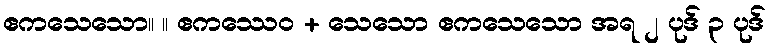
ဧကသေသော။ ။ ဧကဿေဝ + သေသော ဧကသေသော အရ ၂ ပုဒ် ၃ ပုဒ်